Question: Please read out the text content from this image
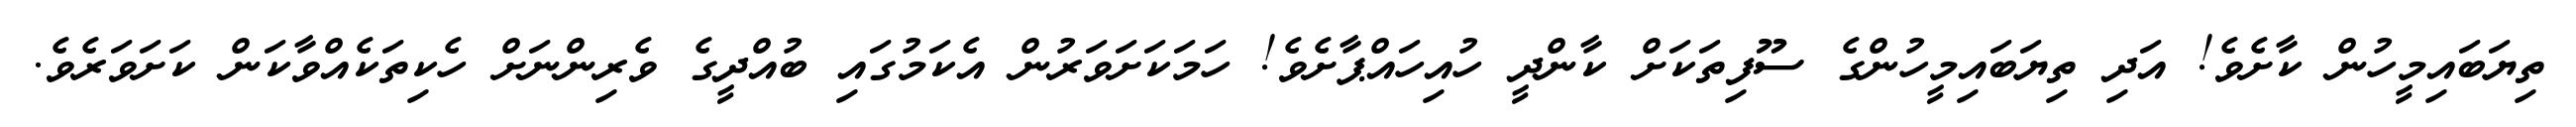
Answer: ތިޔަބައިމީހުން ކާށެވެ! އަދި ތިޔަބައިމީހުންގެ ސޫފިތަކަށް ކާންދީ ހުއިހައްޕާށެވެ! ހަމަކަށަވަރުން އެކަމުގައި ބުއްދީގެ ވެރިންނަށް ހެކިތަކެއްވާކަން ކަށަވަރެވެ.